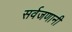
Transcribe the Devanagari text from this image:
सर्वजणानी